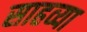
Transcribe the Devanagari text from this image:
साहव्या